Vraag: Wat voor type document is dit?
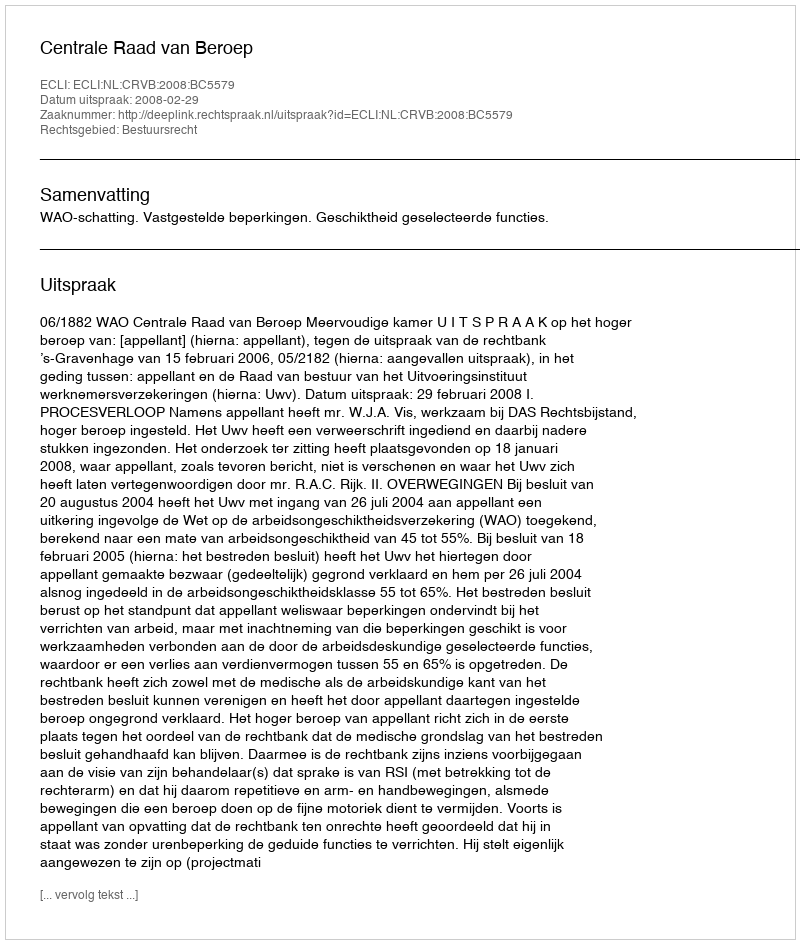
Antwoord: Uitspraak